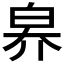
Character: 𤽟